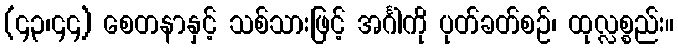
(၄၃၊၄၄) စေတနာနှင့် သစ်သားဖြင့် အင်္ဂါကို ပုတ်ခတ်စဉ်၊ ထုလ္လစ္စည်း။